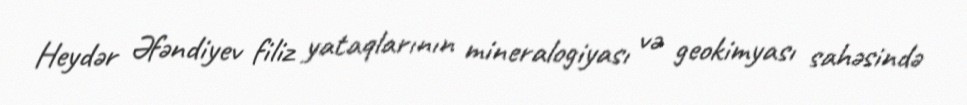
Heydər Əfəndiyev filiz yataqlarının mineralogiyası və geokimyası sahəsində